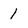
Character: I